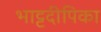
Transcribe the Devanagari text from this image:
भाट्टदीपिका